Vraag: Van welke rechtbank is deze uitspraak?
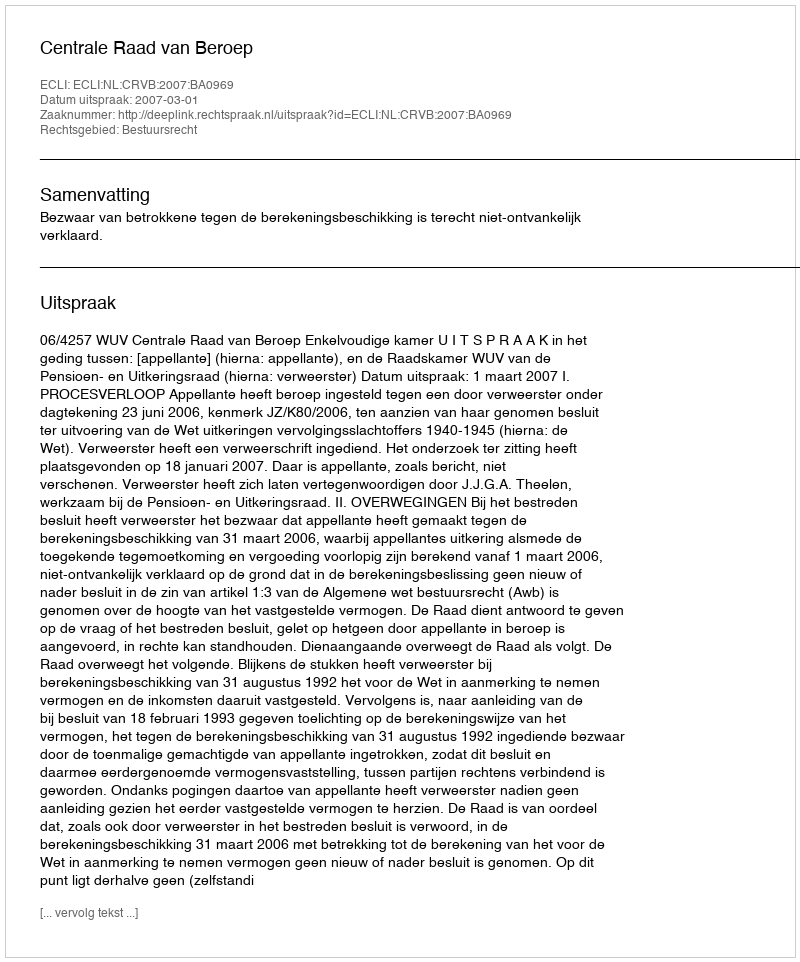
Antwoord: Centrale Raad van Beroep